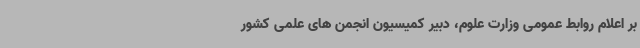
بر اعلام روابط عمومی وزارت علوم، دبیر کمیسیون انجمن های علمی کشور